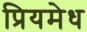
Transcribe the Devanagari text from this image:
प्रियमेध